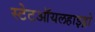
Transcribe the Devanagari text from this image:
स्टेटऑयलहाइड्रो